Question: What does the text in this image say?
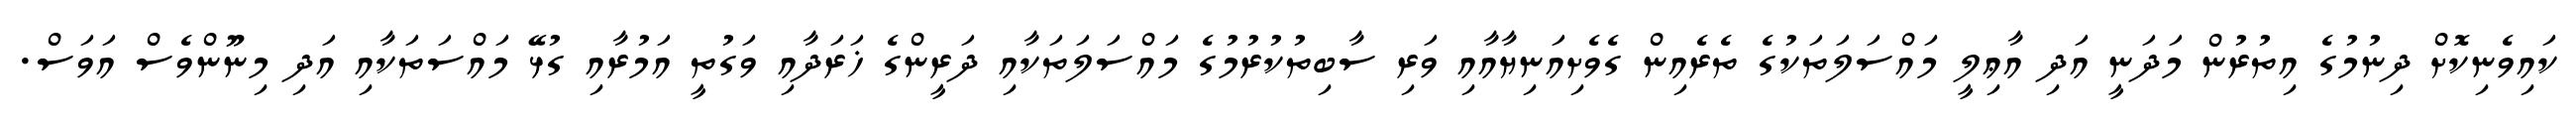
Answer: ކައިވެނިކޮށް ދިނުމުގެ އިތުރުން މަދަނީ އަދި އާޢިލީ މައްސަލަތަކުގެ ތެރެއިން ގެވެށިއަނިޔާއާއި ވަރި ސާބިތުކުރުމުގެ މައްސަލަތަކާއި ދަރީންގެ ޚަރަދާއި ވަގުތީ އަމުރާއި ގުޅޭ މައްސަތަކާއި އަދި މިނޫންވެސް އަވަސް.